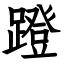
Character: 蹬